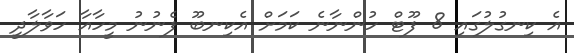
އެ ކިނގުލުގައި 8 ފޫޓް ހުންނާނެ ކަމަށް އެކިނބޫ ފެނުނު މީހާއާ ހަވާލާދީ